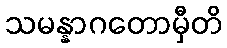
သမန္နာဂတောမှီတိ